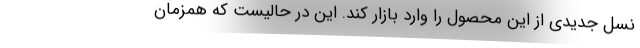
نسل جدیدی از این محصول را وارد بازار کند. این در حالیست که همزمان